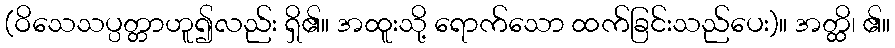
(ဝိသေသပ္ပတ္တာဟူ၍လည်း ရှိ၏။ အထူးသို့ ရောက်သော ထက်ခြင်းသည်ပေး)။ အတ္ထိ၊ ၏။